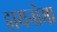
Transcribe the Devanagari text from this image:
डायनोमा